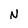
Character: N